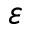
\varepsilon